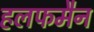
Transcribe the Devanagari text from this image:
हलफमैन